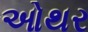
ઓથર